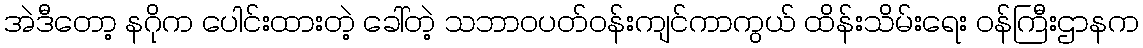
အဲဒီတော့ နဂိုက ပေါင်းထားတဲ့ ခေါ်တဲ့ သဘာဝပတ်ဝန်းကျင်ကာကွယ် ထိန်းသိမ်းရေး ဝန်ကြီးဌာနက